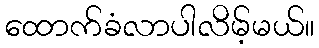
ထောက်ခံလာပါလိမ့်မယ်။